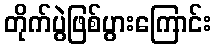
တိုက်ပွဲဖြစ်ပွားကြောင်း